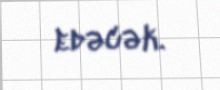
edəcək.